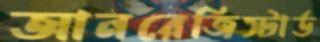
আনরেজিস্টার্ড